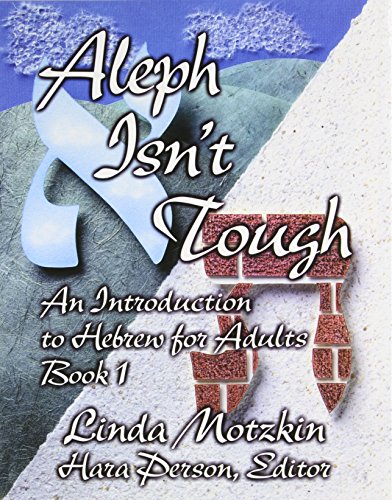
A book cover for Aleph Isn't Tough: An Introduction to Hebrew for Adults; Linda Motzkin; Religion & Spirituality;